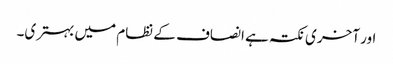
اور آخری نکتہ ہے انصاف کے نظام میں بہتری۔